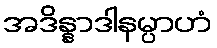
အဒိန္နာဒါနမ္ပာဟံ